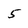
Character: 5